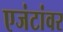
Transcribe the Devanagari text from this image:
एजंटांवर